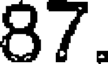
87.